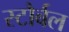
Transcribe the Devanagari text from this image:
स्टौर्बल